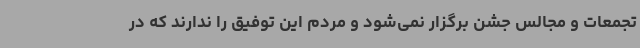
تجمعات و مجالس جشن ‌برگزار نمی‌شود و مردم این توفیق را ندارند که در